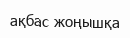
ақбас жоңышқа